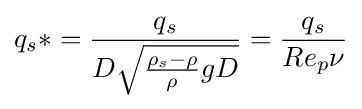
q_{s}*={\frac {q_{s}}{D{\sqrt {{\frac {\rho _{s}-\rho }{\rho }}gD}}}}={\frac {q_{s}}{Re_{p}\nu }}